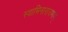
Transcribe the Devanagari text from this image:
स्वामिनारायणम्